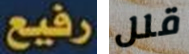
رفيع قلل